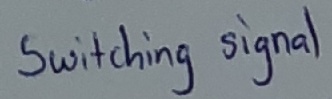
Text: Switching signal